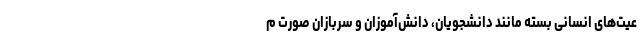
عیت‌های انسانی بسته مانند دانشجویان، دانش‌آموزان و سربازان صورت م